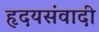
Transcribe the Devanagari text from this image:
हृदयसंवादी